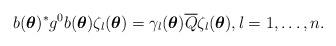
LaTeX: \begin{align*}b(\boldsymbol{\theta})^* g^0 b(\boldsymbol{\theta}) \zeta_l (\boldsymbol{\theta}) = \gamma_l (\boldsymbol{\theta}) \overline{Q} \zeta_l (\boldsymbol{\theta}), l = 1, \ldots, n.\end{align*}